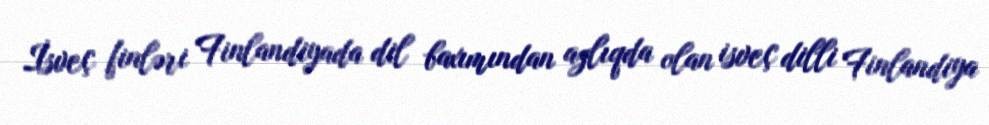
İsveç finləri Finlandiyada dil baxımından azlıqda olan isveç dilli Finlandiya